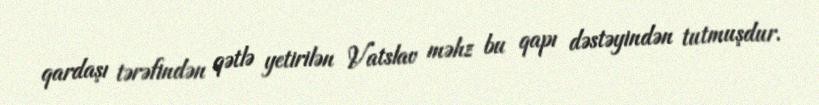
qardaşı tərəfindən qətlə yetirilən Vatslav məhz bu qapı dəstəyindən tutmuşdur.